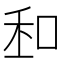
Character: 𠲆